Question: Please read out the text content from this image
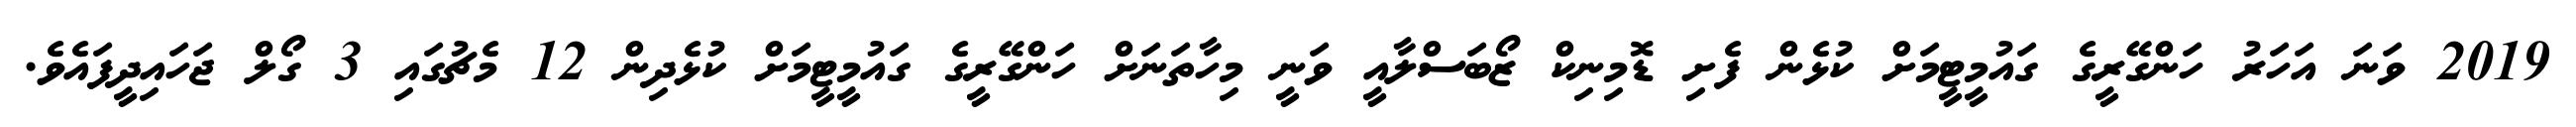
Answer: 2019 ވަނަ އަހަރު ހަންގޭރީގެ ގައުމީޓީމަށް ކުޅެން ފެށި ޑޮމިނިކް ޒޯބަސްލާއީ ވަނީ މިހާތަނަށް ހަންގޭރީގެ ގައުމީޓީމަށް ކުޅެދިން 12 މެޗުގައި 3 ގޯލް ޖަހައިދީފައެވެ.